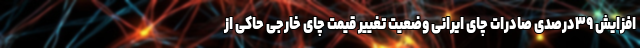
افزایش ۳۹درصدی صادرات چای ایرانی وضعیت تغییر قیمت چای خارجی حاکی از